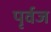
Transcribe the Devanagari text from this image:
पृर्वज